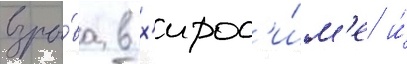
взры́ва в х'ирос'и́м'е и́